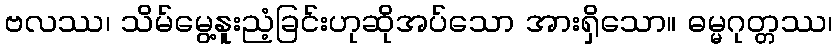
ဗလဿ၊ သိမ်မွေ့နူးညံ့ခြင်းဟုဆိုအပ်သော အားရှိသော။ ဓမ္မဂုတ္တဿ၊